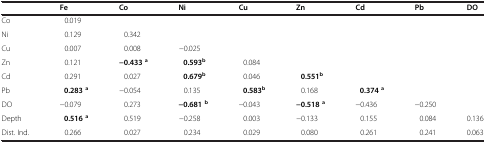
<table><thead><tr><td><b> </b></td><td><b>Fe</b></td><td><b>Co</b></td><td><b>Ni</b></td><td><b>Cu</b></td><td><b>Zn</b></td><td><b>Cd</b></td><td><b>Pb</b></td><td><b>DO</b></td></tr></thead><tbody><tr><td>Co</td><td>0.019</td><td> </td><td> </td><td> </td><td> </td><td> </td><td> </td><td> </td></tr><tr><td>Ni</td><td>0.129</td><td>0.342</td><td> </td><td> </td><td> </td><td> </td><td> </td><td> </td></tr><tr><td>Cu</td><td>0.007</td><td>0.008</td><td>−0.025</td><td> </td><td> </td><td> </td><td> </td><td> </td></tr><tr><td>Zn</td><td>0.121</td><td><b>−0.433</b><sup><b>a</b></sup></td><td><b>0.593</b><sup><b>b</b></sup></td><td>0.084</td><td> </td><td> </td><td> </td><td> </td></tr><tr><td>Cd</td><td>0.291</td><td>0.027</td><td><b>0.679</b><sup><b>b</b></sup></td><td>0.046</td><td><b>0.551</b><sup><b>b</b></sup></td><td> </td><td> </td><td> </td></tr><tr><td>Pb</td><td><b>0.283</b><sup><b>a</b></sup></td><td>−0.054</td><td>0.135</td><td><b>0.583</b><sup><b>b</b></sup></td><td>0.168</td><td><b>0.374</b><sup><b>a</b></sup></td><td> </td><td> </td></tr><tr><td>DO</td><td>−0.079</td><td>0.273</td><td><b>−0.681</b><sup><b>b</b></sup></td><td>−0.043</td><td><b>−0.518</b><sup><b>a</b></sup></td><td>−0.436</td><td>−0.250</td><td> </td></tr><tr><td>Depth</td><td><b>0.516</b><sup><b>a</b></sup></td><td>0.519</td><td>−0.258</td><td>0.003</td><td>−0.133</td><td>0.155</td><td>0.084</td><td>0.136</td></tr><tr><td>Dist. Ind.</td><td>0.266</td><td>0.027</td><td>0.234</td><td>0.029</td><td>0.080</td><td>0.261</td><td>0.241</td><td>0.063</td></tr></tbody></table>